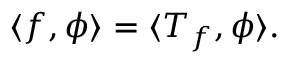
\langle f , \phi \rangle = \langle T _ { f } , \phi \rangle .